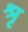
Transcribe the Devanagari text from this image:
श्रृ